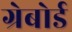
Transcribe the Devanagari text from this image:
ग्रेबोर्ड